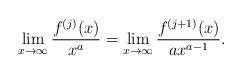
\begin{align*}\lim_{x \rightarrow \infty} \frac{f^{(j)}(x)}{x^{a}} = \lim_{x \rightarrow \infty} \frac{f^{(j+1)}(x)}{a x^{a-1}}.\end{align*}